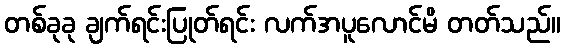
တစ်ခုခု ချက်ရင်းပြုတ်ရင်း လက်အပူလောင်မိ တတ်သည်။